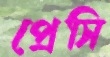
প্রেসি